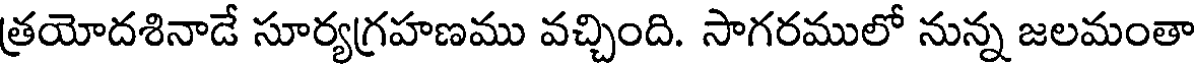
త్రయోదశినాడే సూర్యగ్రహణము వచ్చింది. సాగరములో నున్న జలమంతా